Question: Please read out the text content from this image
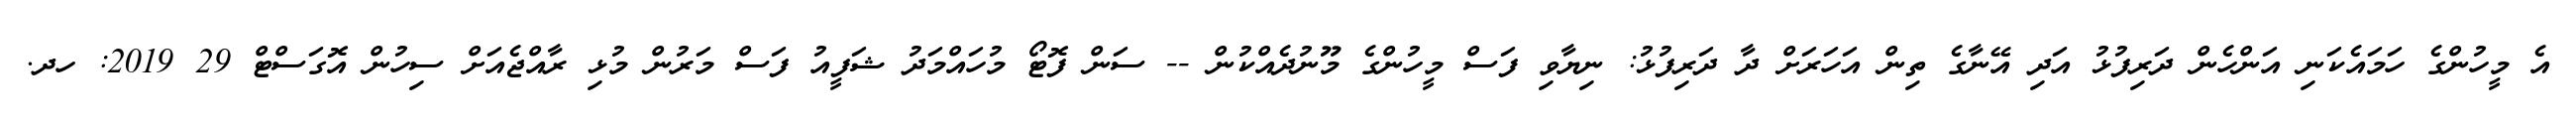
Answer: އެ މީހުންގެ ހަމައެކަނި އަންހެން ދަރިފުޅު އަދި އޭނާގެ ތިން އަހަރަށް ދާ ދަރިފުޅު: ނިޔާވި ފަސް މީހުންގެ މޫނުދެއްކުން -- ސަން ފޮޓޯ މުހައްމަދު ޝަފީއު ފަސް މަރުން މުޅި ރާއްޖެއަށް ސިހުން އޮގަސްޓް 29 2019: ހދ.